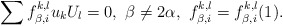
\begin{align*}\sum f_{\beta,i}^{k,l}u_kU_l=0,\,\, \beta\not=2\alpha,\,\,f_{\beta,i}^{k,l}=f_{\beta,i}^{k,l}(1).\end{align*}